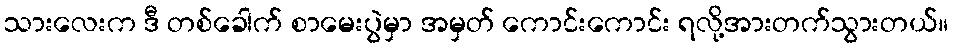
သားလေးက ဒီ တစ်ခေါက် စာမေးပွဲမှာ အမှတ် ကောင်းကောင်း ရလို့အားတက်သွားတယ်။